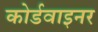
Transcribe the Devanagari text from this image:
कोर्डवाइनर